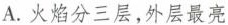
A.火焰分三层，外层最亮